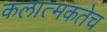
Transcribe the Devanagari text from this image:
कलात्मकतेच